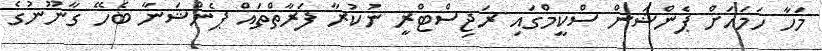
މަހާ ހަމައަށް ޕެންޝަން ސްކީމްގައި ރަޖިސްޓްރީ ނުކުރާ ފަރާތްތައް ޕެންޝަނާ ބެހޭ ގާނޫނުގެ